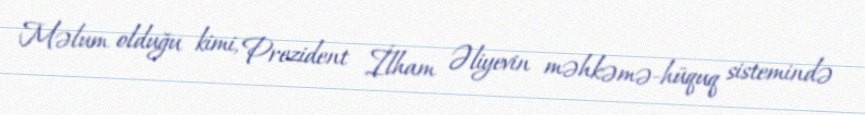
Məlum olduğu kimi, Prezident İlham Əliyevin məhkəmə-hüquq sistemində